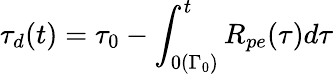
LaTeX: \tau_{d}(t)=\tau_{0}-\int_{0(\Gamma_{0})}^{t}R_{pe}(\tau)d\tau